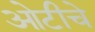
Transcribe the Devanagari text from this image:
ओटीचे